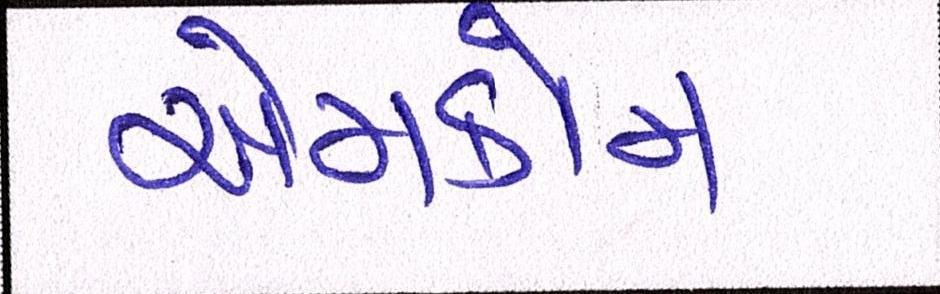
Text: એમકોમ